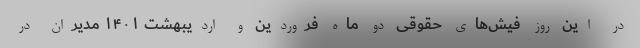
در این روز فیش‌های حقوقی دو ماه فروردین و اردیبهشت ۱۴۰۱ مدیران در